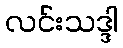
လင်းသဒ္ဒါ